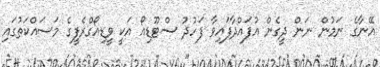
އޭނާގެ ނަމުން ނަން ދީގެން އުފައްދާފައިވާ ފަހުދު ސްޓޫޑިއޯ އަކީ ވީޑިއޯގްރެފީގެ މަސައްކަތުގައި